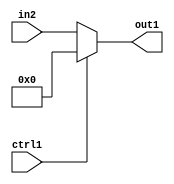
`timescale 1ps / 1ps
/*****************************************************************************
    Verilog RTL Description
    
    
    Created by: Stratus DpOpt 2019.1.01 
*******************************************************************************/

module feature_write_addr_gen_Muxi0u32u1_4_3 (
	in2,
	ctrl1,
	out1
	); /* architecture "behavioural" */ 
input [31:0] in2;
input  ctrl1;
output [31:0] out1;
wire [31:0] asc001;

reg [31:0] asc001_tmp_0;
assign asc001 = asc001_tmp_0;
always @ (ctrl1 or in2) begin
	case (ctrl1)
		1'B1 : asc001_tmp_0 = 32'B00000000000000000000000000000000 ;
		default : asc001_tmp_0 = in2 ;
	endcase
end

assign out1 = asc001;
endmodule

/* CADENCE  v7D5TwA= : u9/ySgnWtBlWxVPRXgAZ4Og= ** DO NOT EDIT THIS LINE ******/